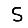
Digit: 5